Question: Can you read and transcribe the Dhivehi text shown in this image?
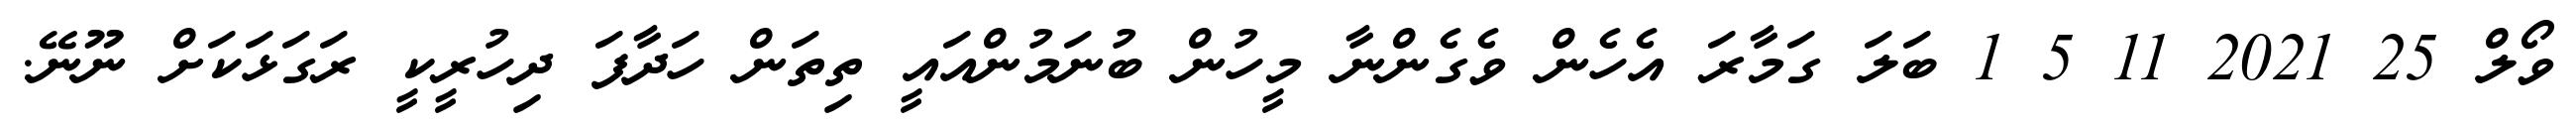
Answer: ވޯލް 25 2021 11 5 1 ބަލަ ގަމާރަ އެހެން ވެގެންނާ މީހުން ބުނަމުންއައީ ތިތަން ހަދާފަ ދިހުރީކީ ރަގަޅަކަށް ނޫނޭ.